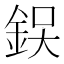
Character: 𨦚